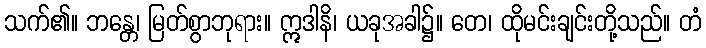
သက်၏။ ဘန္တေ၊ မြတ်စွာဘုရား။ ဣဒါနိ၊ ယခုအခါ၌။ တေ၊ ထိုမင်းချင်းတို့သည်။ တံ